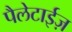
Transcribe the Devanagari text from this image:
पैलेटाईज़